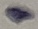
Text: 1